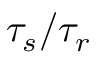
\tau _ { s } / \tau _ { r }